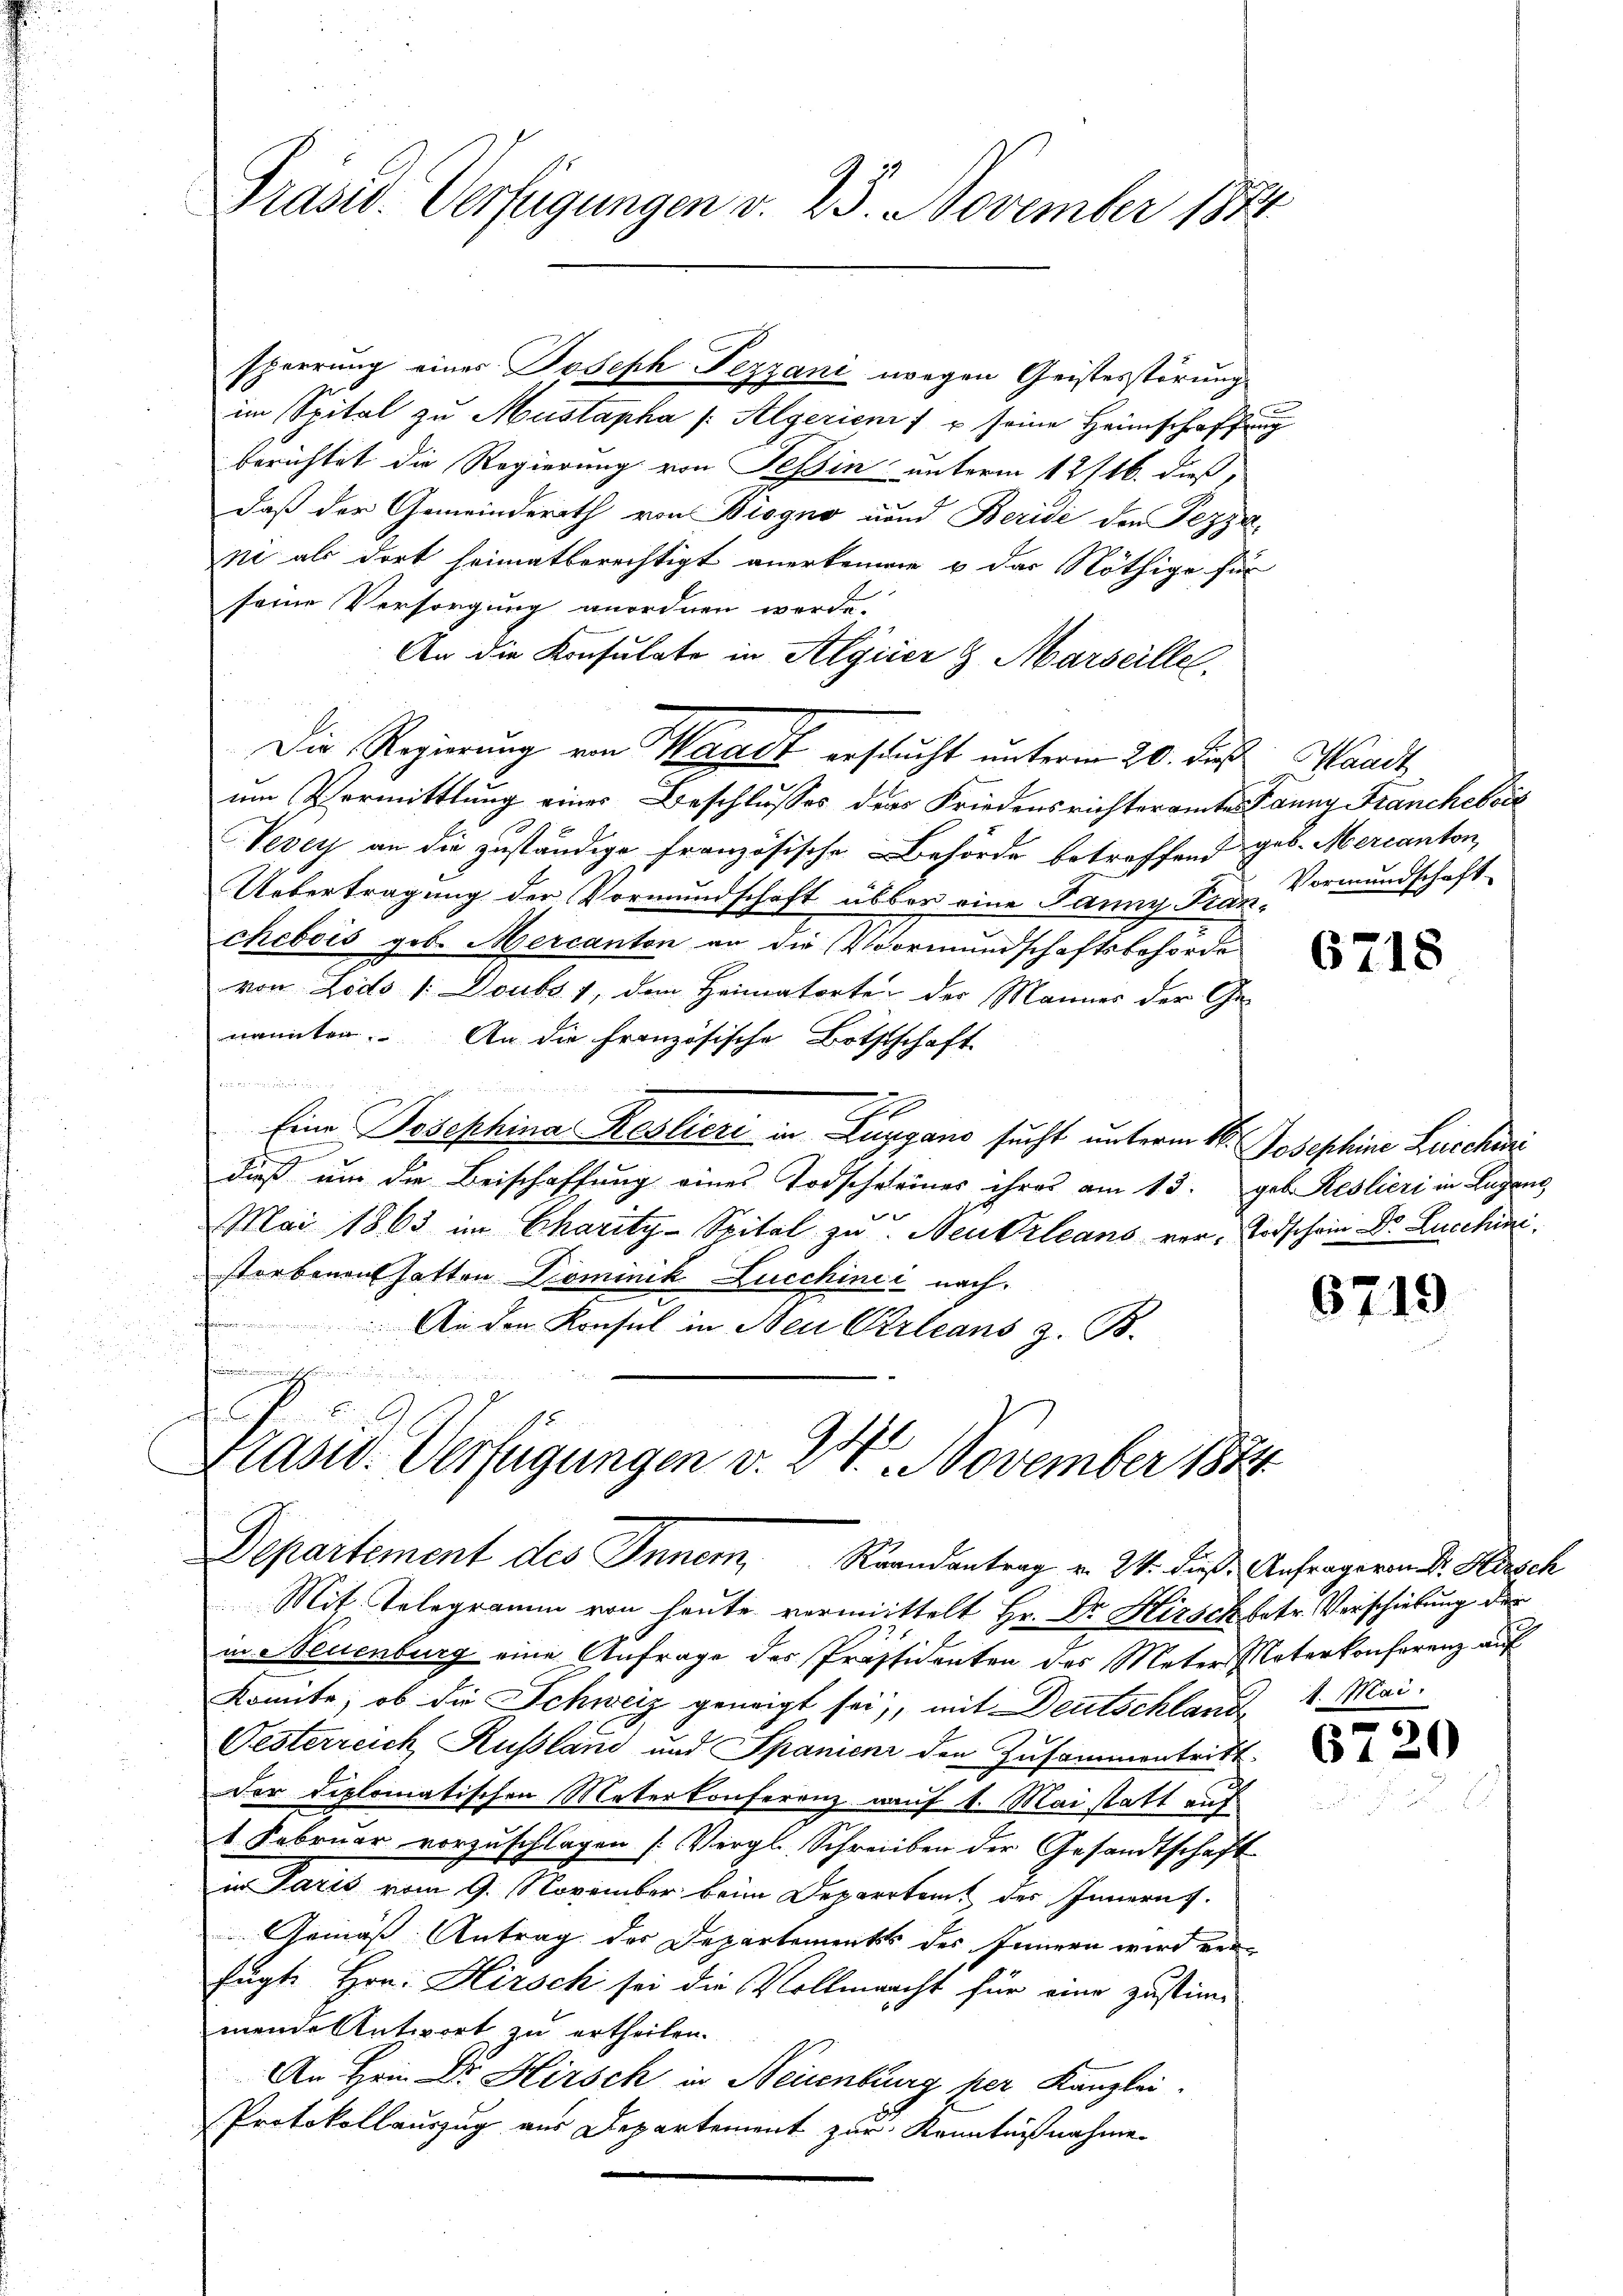
Präsid. Verfügungen v. 25. November 1882

sperrung eines Joseph Fezzani wegen Geistesstörung
im Spital zu Mustapha /: Algerien f u seine Heimschaffung
berichtet die Regierung von Teßin unterm 12/16. dieß,
daß der Gemeinderath von Biogno und Beridi den Pezzer-
ni als dort heimatberechtigt anerkennen u das Nöthige für
seine Versorgung anordnen werde.
An die Konsulate in Algeier & Marseille
Die Regierung von Waadt ersucht unterm 20. die Waadt
um Vermittlung einer Beschlusses der Friedensrichteramtes Fanny Franchessit
Vevey an die zuständige Französische Behörde betreffend geb. Mercanton
Uebertragung der Vormundschaft über eine Janny Franchebois geb. Mercanton an die Vormundschaftsbehörde
von Lodo /: Doubs 1, den Heimatorte der Mannes der Ge-
nannten. An die Französische Bothtschaft

e
Eine Josephina Reslieri in Lugano sucht unterm 16. Josephine Zuschei
dieß um die Beischaffung eines Todscheiner ihres am 13. geb. Reslieri in Lugans
Mai 1863 im Charity-Spital zu Neukrleans vor, Todschein Dr. Lucchini
storbenen hatten Dominik Lucchinić nacheifendenen
An den Konsul in Neu Orleans z. B.
nmensche in
f
Krasw. Verfügungen v. 24. November 1884
Departement des Inner, Strandantrag v. 24. dieß Anfrageren Dr. Hersch
Mit Telegramm von heute vermittelt Hr. Dr. Hirsch betr. Verschiebung der
in Neuenburg eine Anfrage des Präsidenten des Meter Vaterkonferenz auf
konnte; ob die Schweiz geneigt sei, mit Deutschlande
Oesterreich Russland und Spanienz den Zusammentritt.
der diplomatischen Materkonferenz auf 1. Mai statt auf
1 Februar vorzuschlagen (Vergl. Schreiben der Gesandtschaft
in Paris vom 9. November beim Departem des Innern.
Gemäß Antrag des Departements des Innern wird verfügte Hrn. Hirsch sei die Vollmacht für eine zustimmende Antwort zu ertheilen.
An Hrn. Dr. Hirsch in Neisenburg per Kanzlei
Protokollauszug aus Departement zur Kenntnißnahme

Vormundschaft

6718

6719

1. Mai.

6720